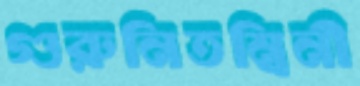
গুরুনিতম্বিনী